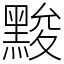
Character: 黢